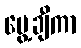
ပွေ့ချီကာ